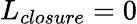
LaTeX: L_{closure}=0